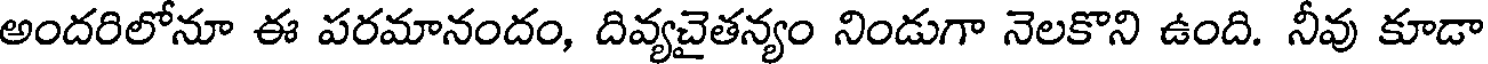
అందరిలోనూ ఈ పరమానందం, దివ్యచైతన్యం నిండుగా నెలకొని ఉంది. నీవు కూడా